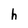
Character: h